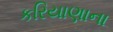
કરિયાણાના